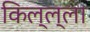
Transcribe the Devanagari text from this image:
किल्ल्ला